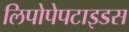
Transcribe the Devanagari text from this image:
लिपोपेपटाइडस